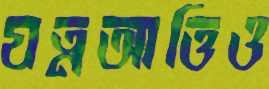
যত্নআত্তিও